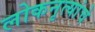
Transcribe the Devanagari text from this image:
लोकनृत्यांचे